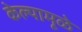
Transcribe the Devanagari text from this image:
केल्यामूळे